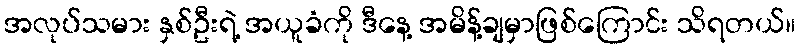
အလုပ်သမား နှစ်ဦးရဲ့ အယူခံကို ဒီနေ့ အမိန့်ချမှာဖြစ်ကြောင်း သိရတယ်။